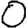
Digit: 0